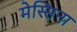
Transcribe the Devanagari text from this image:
मेस्सिना